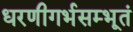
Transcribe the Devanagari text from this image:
धरणीगर्भसम्भूतं